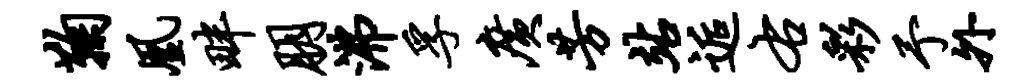
鞠凰畔朋沸孚广芳站逅右彩予外